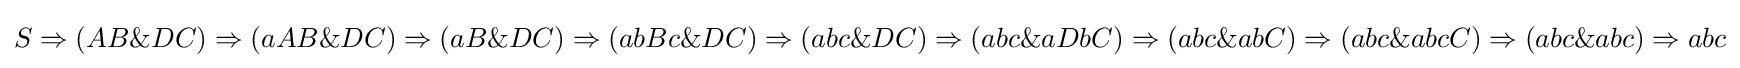
S\Rightarrow (AB\&DC)\Rightarrow (aAB\&DC)\Rightarrow (aB\&DC)\Rightarrow (abBc\&DC)\Rightarrow (abc\&DC)\Rightarrow (abc\&aDbC)\Rightarrow (abc\&abC)\Rightarrow (abc\&abcC)\Rightarrow (abc\&abc)\Rightarrow abc